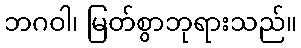
ဘဂဝါ၊ မြတ်စွာဘုရားသည်။